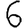
Digit: 6